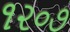
૧૨૦૭